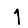
Digit: 1